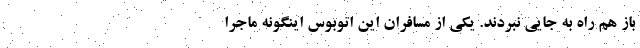
باز هم راه به جایی نبردند. یکی از مسافران این اتوبوس اینگونه ماجرا